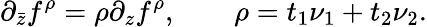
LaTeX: \partial_{\bar{z}}f^{\rho}=\rho\partial_{z}f^{\rho},\qquad\rho=t_{1}\nu_{1}+t_{2}\nu_{2}.